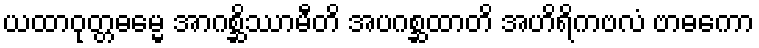
ယထာဝုတ္တဓမ္မေ အာဂစ္ဆိဿာမီတိ အပဂစ္ဆထာတိ အဟိရိကဗလံ ဗာဓကော